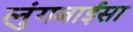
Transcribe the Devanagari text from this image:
लुंगबाईसा